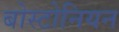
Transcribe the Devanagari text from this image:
बोस्टोनियन